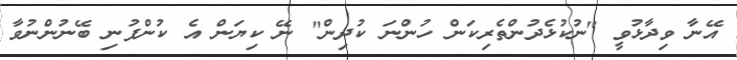
އޭނާ ވިދާޅުވީ "ނުކުޅެދުންތެރިކަން ހުންނަ ކުދިން" ނޭ ކިޔަން އެ ކުންފުނި ބޭނުންނުވާ